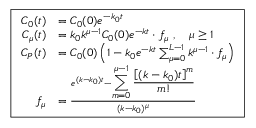
\boxed { \begin{array} { r l } { C _ { 0 } ( t ) } & { = C _ { 0 } ( 0 ) e ^ { - k _ { 0 } t } } \\ { C _ { \mu } ( t ) } & { = k _ { 0 } k ^ { \mu - 1 } C _ { 0 } ( 0 ) e ^ { - k t } \cdot f _ { \mu } \ , \quad \mu \geq 1 } \\ { C _ { P } ( t ) } & { = C _ { 0 } ( 0 ) \left( 1 - k _ { 0 } e ^ { - k t } \sum _ { \mu = 0 } ^ { L - 1 } k ^ { \mu - 1 } \cdot f _ { \mu } \right) } \\ { f _ { \mu } } & { = \frac { e ^ { ( k - k _ { 0 } ) t } - { \displaystyle \sum _ { m = 0 } ^ { \mu - 1 } \frac { \left[ ( k - k _ { 0 } ) t \right] ^ { m } } { m ! } } } { ( k - k _ { 0 } ) ^ { \mu } } } \end{array} }